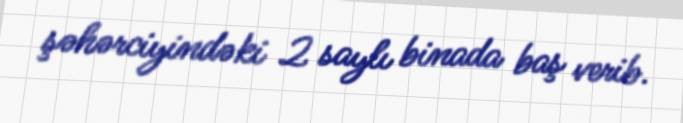
şəhərciyindəki 2 saylı binada baş verib.